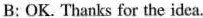
B: OK. Thanks for the idea.